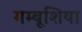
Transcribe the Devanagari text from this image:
गम्बूशिया